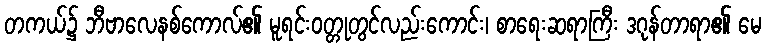
တကယ်၌ ဘီဗာလေနစ်ကောလ်၏ မူရင်းဝတ္တုတွင်လည်းကောင်း၊ စာရေးဆရာကြီး ဒဂုန်တာရာ၏ မေ